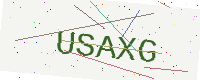
Text: USAXG